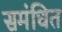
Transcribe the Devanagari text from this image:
समंधित